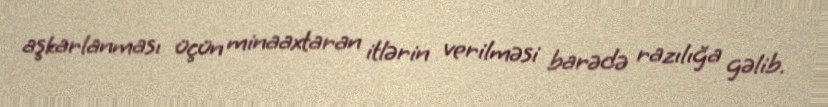
aşkarlanması üçün minaaxtaran itlərin verilməsi barədə razılığa gəlib.